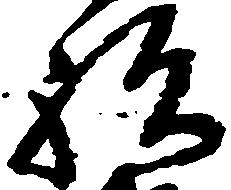
祝